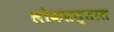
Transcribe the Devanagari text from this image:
लोकसत्तात